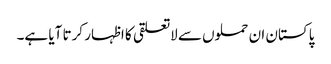
پاکستان ان حملوں سے لاتعلقی کا اظہار کرتا آیا ہے۔